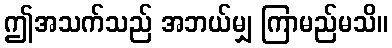
ဤအသက်သည် အဘယ်မျှ ကြာမည်မသိ။